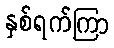
နှစ်ရက်ကြာ